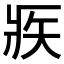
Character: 𤕺